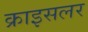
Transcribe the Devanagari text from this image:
क्राइसलर